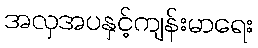
အလှအပနှင့်ကျန်းမာရေး